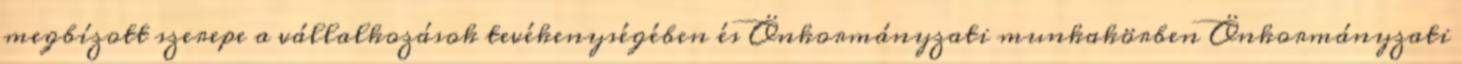
megbízott szerepe a vállalkozások tevékenységében és Önkormányzati munkakörben Önkormányzati